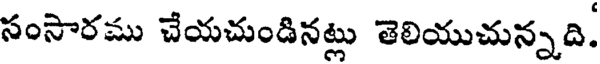
సంసారము చేయచుండినట్లు తెలియుచున్నది.